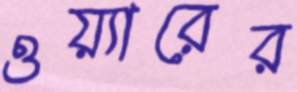
ওয়্যারের